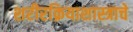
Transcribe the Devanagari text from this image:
शरीरक्रियाशास्त्राचे